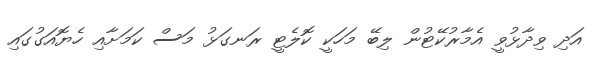
އަދި ވިދާޅުވީ އެމާރުކޭޓުން ލިބޭ މަހަކީ ކޮލެޓީ ރަނގަޅު މަސް ކަމަށާއި ހެޔޮއަގުގައި